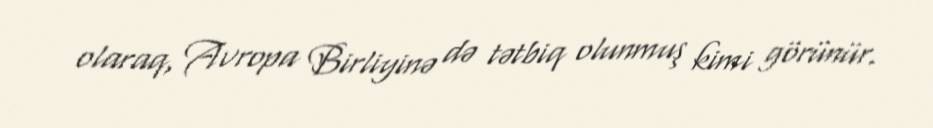
olaraq, Avropa Birliyinə də tətbiq olunmuş kimi görünür.